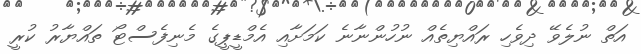
އަތް ނުލެވޭ ދިވެހި ރައްޔިތެއް ނުހުންނާނެ ކަމަށާއި އެމްޑީޕީގެ މެނިފެސްޓޯ ތައްޔާރު ކުރީ